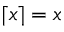
\lceil x \rceil = x